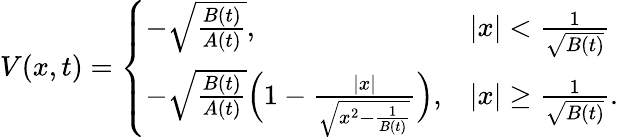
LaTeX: \begin{array}{r}{V(x,t)=\left\{ \begin{array}{ll}{-\sqrt{\frac{B(t)}{A(t)}},}&{|x|<\frac{1}{\sqrt{B(t)}}}\\ {-\sqrt{\frac{B(t)}{A(t)}}\Big(1-\frac{|x|}{\sqrt{x^{2}-\frac{1}{B(t)}}}\Big),}&{|x|\geq\frac{1}{\sqrt{B(t)}}.}\end{array}\right.}\end{array}